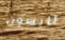
تايسون